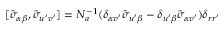
[ \hat { \sigma } _ { \alpha \beta } , \hat { \sigma } _ { u ^ { \prime } v ^ { \prime } } ] = N _ { a } ^ { - 1 } ( \delta _ { \alpha v ^ { \prime } } \hat { \sigma } _ { u ^ { \prime } \beta } - \delta _ { u ^ { \prime } \beta } \hat { \sigma } _ { \alpha v ^ { \prime } } ) \delta _ { { r r ^ { \prime } } }